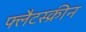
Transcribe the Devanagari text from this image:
फ्लैटस्क्रीन